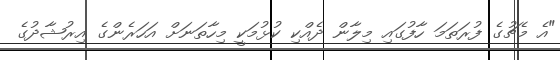
"އެ މެޗުގެ ފުރަތަމަ ހާފުގައި މިލާން ދެއްކި ކުޅުމަކީ މިހާތަނަށް އަހަރެންގެ އިރުޝާދުގެ